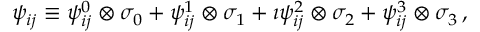
\psi _ { i j } \equiv \psi _ { i j } ^ { 0 } \otimes \sigma _ { 0 } + \psi _ { i j } ^ { 1 } \otimes \sigma _ { 1 } + \imath \psi _ { i j } ^ { 2 } \otimes \sigma _ { 2 } + \psi _ { i j } ^ { 3 } \otimes \sigma _ { 3 } \, ,